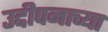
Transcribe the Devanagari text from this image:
उद्दीपनाच्या